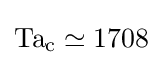
\mathrm {Ta_{c}} \simeq 1708